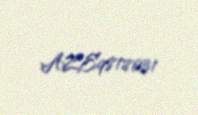
AZE9818031